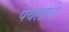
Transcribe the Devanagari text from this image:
पवलाचे